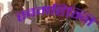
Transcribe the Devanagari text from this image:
स्वमहिम्नि